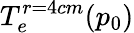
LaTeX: T_{e}^{r=4cm}(p_{0})